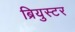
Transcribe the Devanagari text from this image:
ब्रियुस्टर